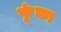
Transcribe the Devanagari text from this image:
फूंका